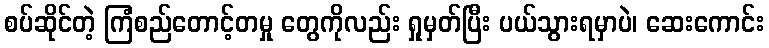
စပ်ဆိုင်တဲ့ ကြံစည်တောင့်တမှု တွေကိုလည်း ရှုမှတ်ပြီး ပယ်သွားရမှာပဲ၊ ဆေးကောင်း